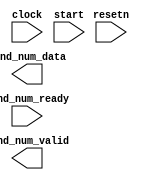

module rng (
	clock,
	resetn,
	rand_num_data,
	rand_num_ready,
	rand_num_valid,
	start);	

	input		clock;
	input		resetn;
	output	[31:0]	rand_num_data;
	input		rand_num_ready;
	output		rand_num_valid;
	input		start;
endmodule